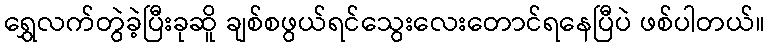
ရွှေလက်တွဲခဲ့ပြီးခုဆိူ ချစ်စဖွယ်ရင်သွေးလေးတောင်ရနေပြီပဲ ဖစ်ပါတယ်။